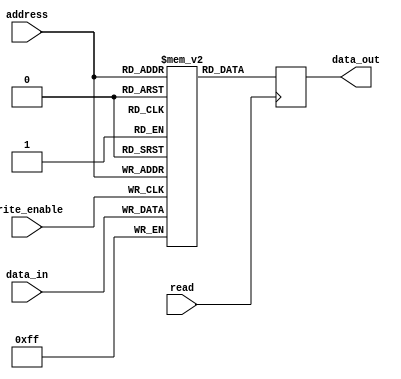
module PROM (
    input wire [7:0] address,
    input wire write_enable,
    input wire read,
    input wire [7:0] data_in,
    output reg [7:0] data_out
);

reg [7:0] memory [0:255]; // 256 memory blocks

always @ (posedge write_enable)
begin
    memory[address] <= data_in;
end

always @ (posedge read)
begin
    data_out <= memory[address];
end

endmodule